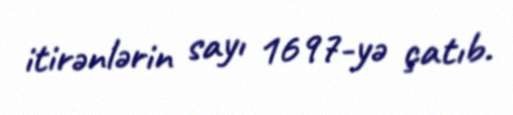
itirənlərin sayı 1697-yə çatıb.